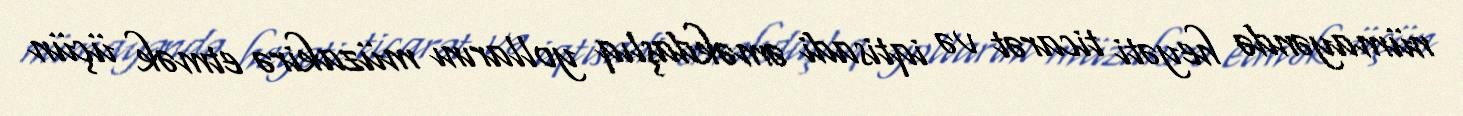
nümayəndə heyəti ticarət və iqtisadi əməkdaşlıq yollarını müzakirə etmək üçün